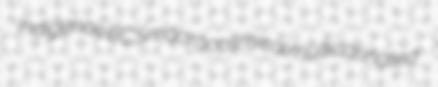
indigenae BCS macrocosmical multicarinated